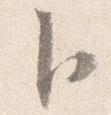
卜